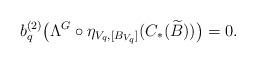
LaTeX: \begin{align*}b_q^{(2)}\bigl(\Lambda^G \circ \eta_{V_q,[B_{V_q}]}(C_*(\widetilde{B}))\bigr) = 0.\end{align*}